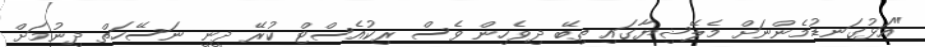
"އަޅުގަނޑުމެންނަށް މެލޭޝިޔާގައި ތިބޭ ދިވެހިން ވެސް ރިކުއެސްޓް ކުރޭ ދީނީ ނަސޭހަތް ދިނުމަށް